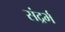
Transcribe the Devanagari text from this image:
संद्रर्भ